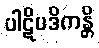
ပါဋိပဒိကန္တိ